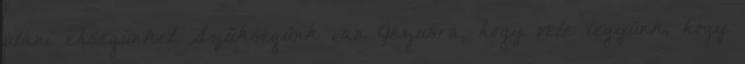
utáni éhségünket. Szükségünk van Jézusra, hogy vele legyünk, hogy